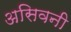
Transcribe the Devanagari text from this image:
असिवनी